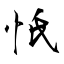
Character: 忯